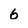
Character: 6